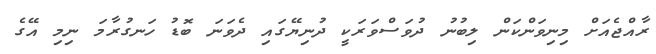
ރާއްޖެއަށް މިނިވަންކަން ލިބުނު ދުވަސްވަރަކީ ދުނިޔޭގައި ދެވަނަ ބޮޑު ހަނގުރާމަ ނިމި އޭގެ